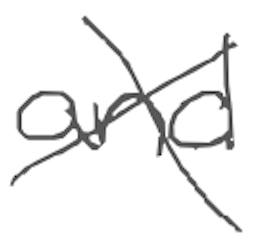
Text: and
Cross-out: cross
Writing tool: digital_gray